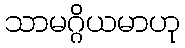
သာမဂ္ဂိယမာဟု